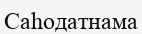
Саһодатнама